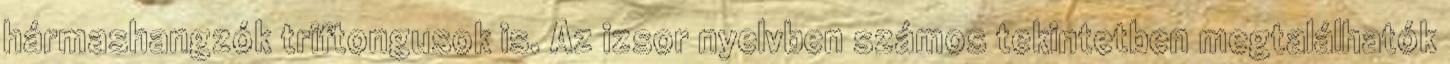
hármashangzók triftongusok is. Az izsor nyelvben számos tekintetben megtalálhatók